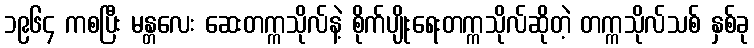
၁၉၆၄ ကစပြီး မန္တလေး ဆေးတက္ကသိုလ်နဲ့ စိုက်ပျိုးရေးတက္ကသိုလ်ဆိုတဲ့ တက္ကသိုလ်သစ် နှစ်ခု